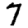
Digit: 7